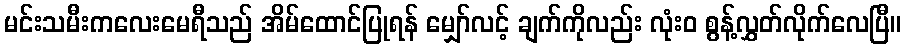
မင်းသမီးကလေးမေရီသည် အိမ်ထောင်ပြုရန် မျှော်လင့် ချက်ကိုလည်း လုံးဝ စွန့်လွှတ်လိုက်လေပြီ။